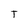
Character: T